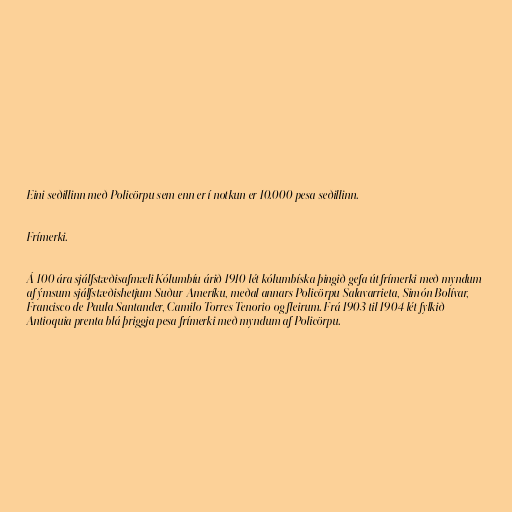
Eini seðillinn með Policörpu sem enn er í notkun er 10.000 pesa seðillinn.

Frímerki.

Á 100 ára sjálfstæðisafmæli Kólumbíu árið 1910 lét kólumbíska þingið gefa út frímerki með myndum
af ýmsum sjálfstæðishetjum Suður-Ameríku, meðal annars Policörpu Salavarrieta, Simón Bolívar,
Francisco de Paula Santander, Camilo Torres Tenorio og fleirum. Frá 1903 til 1904 lét fylkið
Antioquia prenta blá þriggja pesa frímerki með myndum af Policörpu.